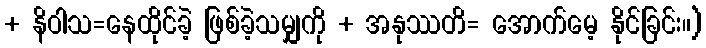
+ နိဝါသ=နေထိုင်ခဲ့ ဖြစ်ခဲ့သမျှကို + အနုဿတိ= အောက်မေ့ နိုင်ခြင်း။)